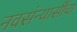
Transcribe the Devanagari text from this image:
नवसंन्यासींचा